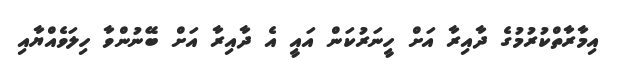
އިމާރާތްކުރުމުގެ ދާއިރާ އަށް ހީނަރުކަން އައީ އެ ދާއިރާ އަށް ބޭނުންވާ ހިލަވެއްޔާއި